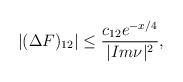
\begin{align*}|(\Delta F)_{12}|\leq\frac{c_{12}e^{-x/4}}{|Im\nu|^2},\end{align*}